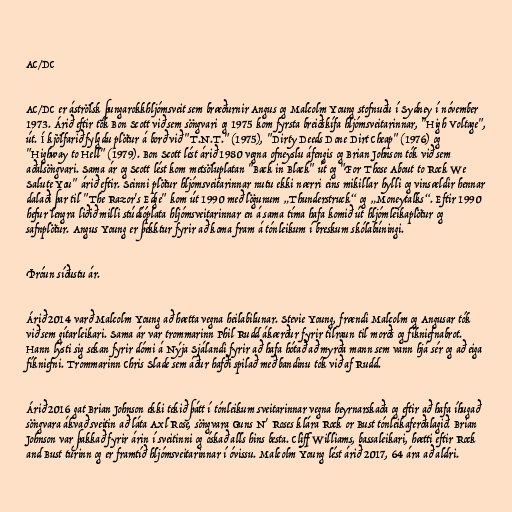
AC/DC

AC/DC er áströlsk þungarokkhljómsveit sem bræðurnir Angus og Malcolm Young stofnuðu í Sydney í nóvember
1973. Árið eftir tók Bon Scott við sem söngvari og 1975 kom fyrsta breiðskífa hljómsveitarinnar, "High Voltage",
út. Í kjölfarið fylgdu plötur á borð við "T.N.T." (1975), "Dirty Deeds Done Dirt Cheap" (1976) og
"Highway to Hell" (1979). Bon Scott lést árið 1980 vegna ofneyslu áfengis og Brian Johnson tók við sem
aðalsöngvari. Sama ár og Scott lést kom metsöluplatan "Back in Black" út og "For Those About to Rock We
Salute You" árið eftir. Seinni plötur hljómsveitarinnar nutu ekki nærri eins mikillar hylli og vinsældir hennar
dalaði þar til "The Razor's Edge" kom út 1990 með lögunum „Thunderstruck“ og „Moneytalks“. Eftir 1990
hefur lengra liðið milli stúdíóplata hljómsveitarinnar en á sama tíma hafa komið út hljómleikaplötur og
safnplötur. Angus Young er þekktur fyrir að koma fram á tónleikum í breskum skólabúningi.

Þróun síðustu ár.

Árið 2014 varð Malcolm Young að hætta vegna heilabilunar. Stevie Young, frændi Malcolm og Angusar tók
við sem gítarleikari. Sama ár var trommarinn Phil Rudd ákærður fyrir tilraun til morðs og fíkniefnabrot.
Hann lýsti sig sekan fyrir dómi á Nýja Sjálandi fyrir að hafa hótað að myrða mann sem vann hjá sér og að eiga
fíkniefni. Trommarinn Chris Slade sem áður hafði spilað með bandinu tók við af Rudd.

Árið 2016 gat Brian Johnson ekki tekið þátt í tónleikum sveitarinnar vegna heyrnarskaða og eftir að hafa íhugað
söngvara ákvað sveitin að láta Axl Rose, söngvara Guns N' Roses klára Rock or Bust tónleikaferðalagið. Brian
Johnson var þakkað fyrir árin í sveitinni og óskað alls hins besta. Cliff Williams, bassaleikari, hætti eftir Rock
and Bust túrinn og er framtíð hljómsveitarinnar í óvissu. Malcolm Young lést árið 2017, 64 ára að aldri.